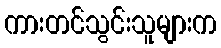
ကားတင်သွင်းသူများက